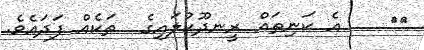
٣٣    އެ ކަނިތައް ރީނދޫކުލައިގެ  ތަކެއް ފަދައެވެ.